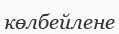
көлбейлене